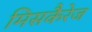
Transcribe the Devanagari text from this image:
मिसकैरेज